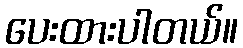
ပေးထားပါတယ်။